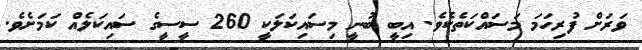
ވަރަށް ފުރިހަމަ މަސައްކަތެކެވެ. އިބީ ބުނީ މިސައިކަލަކީ 260 ސީސީގެ ސައިކަލެއް ކަމަށެވެ.